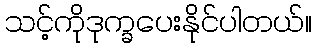
သင့်ကိုဒုက္ခပေးနိုင်ပါတယ်။